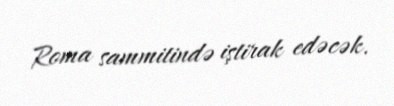
Roma sammitində iştirak edəcək.